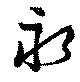
永